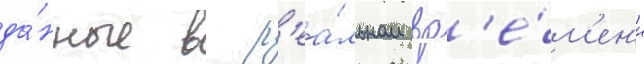
да́нные в р'еа́льном вр'е́м'ен'и